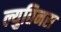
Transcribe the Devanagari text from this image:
ल्युतिनस